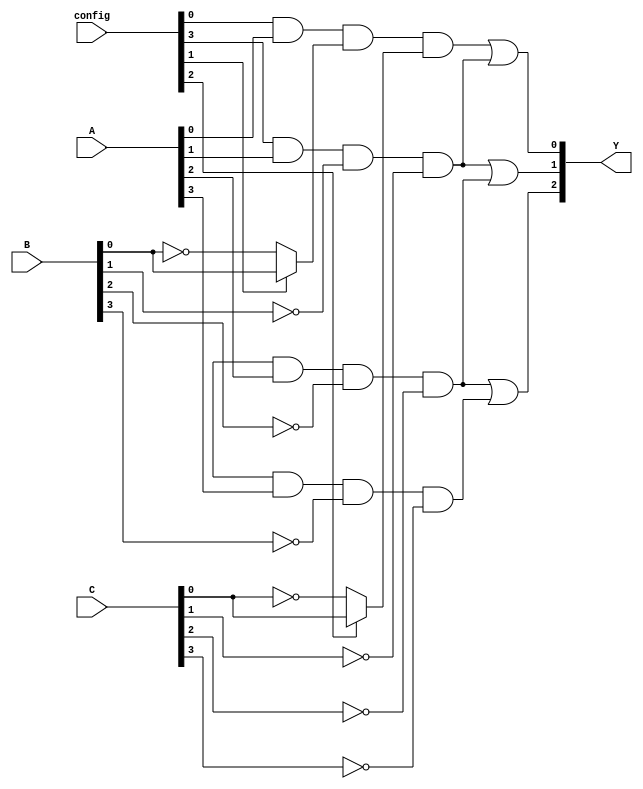
module PAL (
    input wire [3:0] A,          // 4 input signals
    input wire [3:0] B,          // 4 input signals
    input wire [3:0] C,          // 4 input signals
    input wire [3:0] config,     // Configuration for programmable AND array
    output wire [2:0] Y          // 3 output signals
);

// Declare internal wires for product terms
wire [3:0] product_terms;

// Programmable AND array
assign product_terms[0] = (config[0] & A[0]) & (config[1] ? B[0] : ~B[0]) & (config[2] ? C[0] : ~C[0]);
assign product_terms[1] = (config[3] & A[1]) & (config[4] ? B[1] : ~B[1]) & (config[5] ? C[1] : ~C[1]);
assign product_terms[2] = (config[6] & A[2]) & (config[7] ? B[2] : ~B[2]) & (config[8] ? C[2] : ~C[2]);
assign product_terms[3] = (config[9] & A[3]) & (config[10] ? B[3] : ~B[3]) & (config[11] ? C[3] : ~C[3]);

// Fixed OR array
assign Y[0] = product_terms[0] | product_terms[1]; // Output Y0 combines product terms 0 and 1
assign Y[1] = product_terms[1] | product_terms[2]; // Output Y1 combines product terms 1 and 2
assign Y[2] = product_terms[2] | product_terms[3]; // Output Y2 combines product terms 2 and 3

endmodule